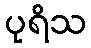
ပုရိသ